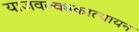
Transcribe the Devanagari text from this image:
याज्ञवल्क्यकात्यायन